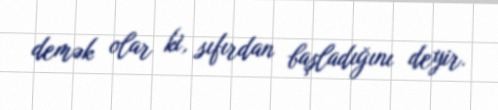
demək olar ki, sıfırdan başladığını deyir.